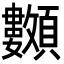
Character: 𩖅